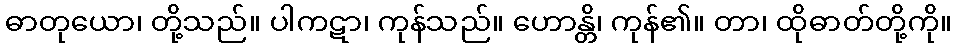
ဓာတုယော၊ တို့သည်။ ပါကဋာ၊ ကုန်သည်။ ဟောန္တိ၊ ကုန်၏။ တာ၊ ထိုဓာတ်တို့ကို။